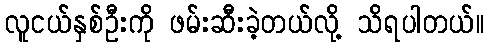
လူငယ်နှစ်ဦးကို ဖမ်းဆီးခဲ့တယ်လို့ သိရပါတယ်။